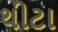
થીટા